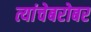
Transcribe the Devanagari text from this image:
त्यांचेबरोबर